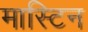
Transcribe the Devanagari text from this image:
मास्टिन